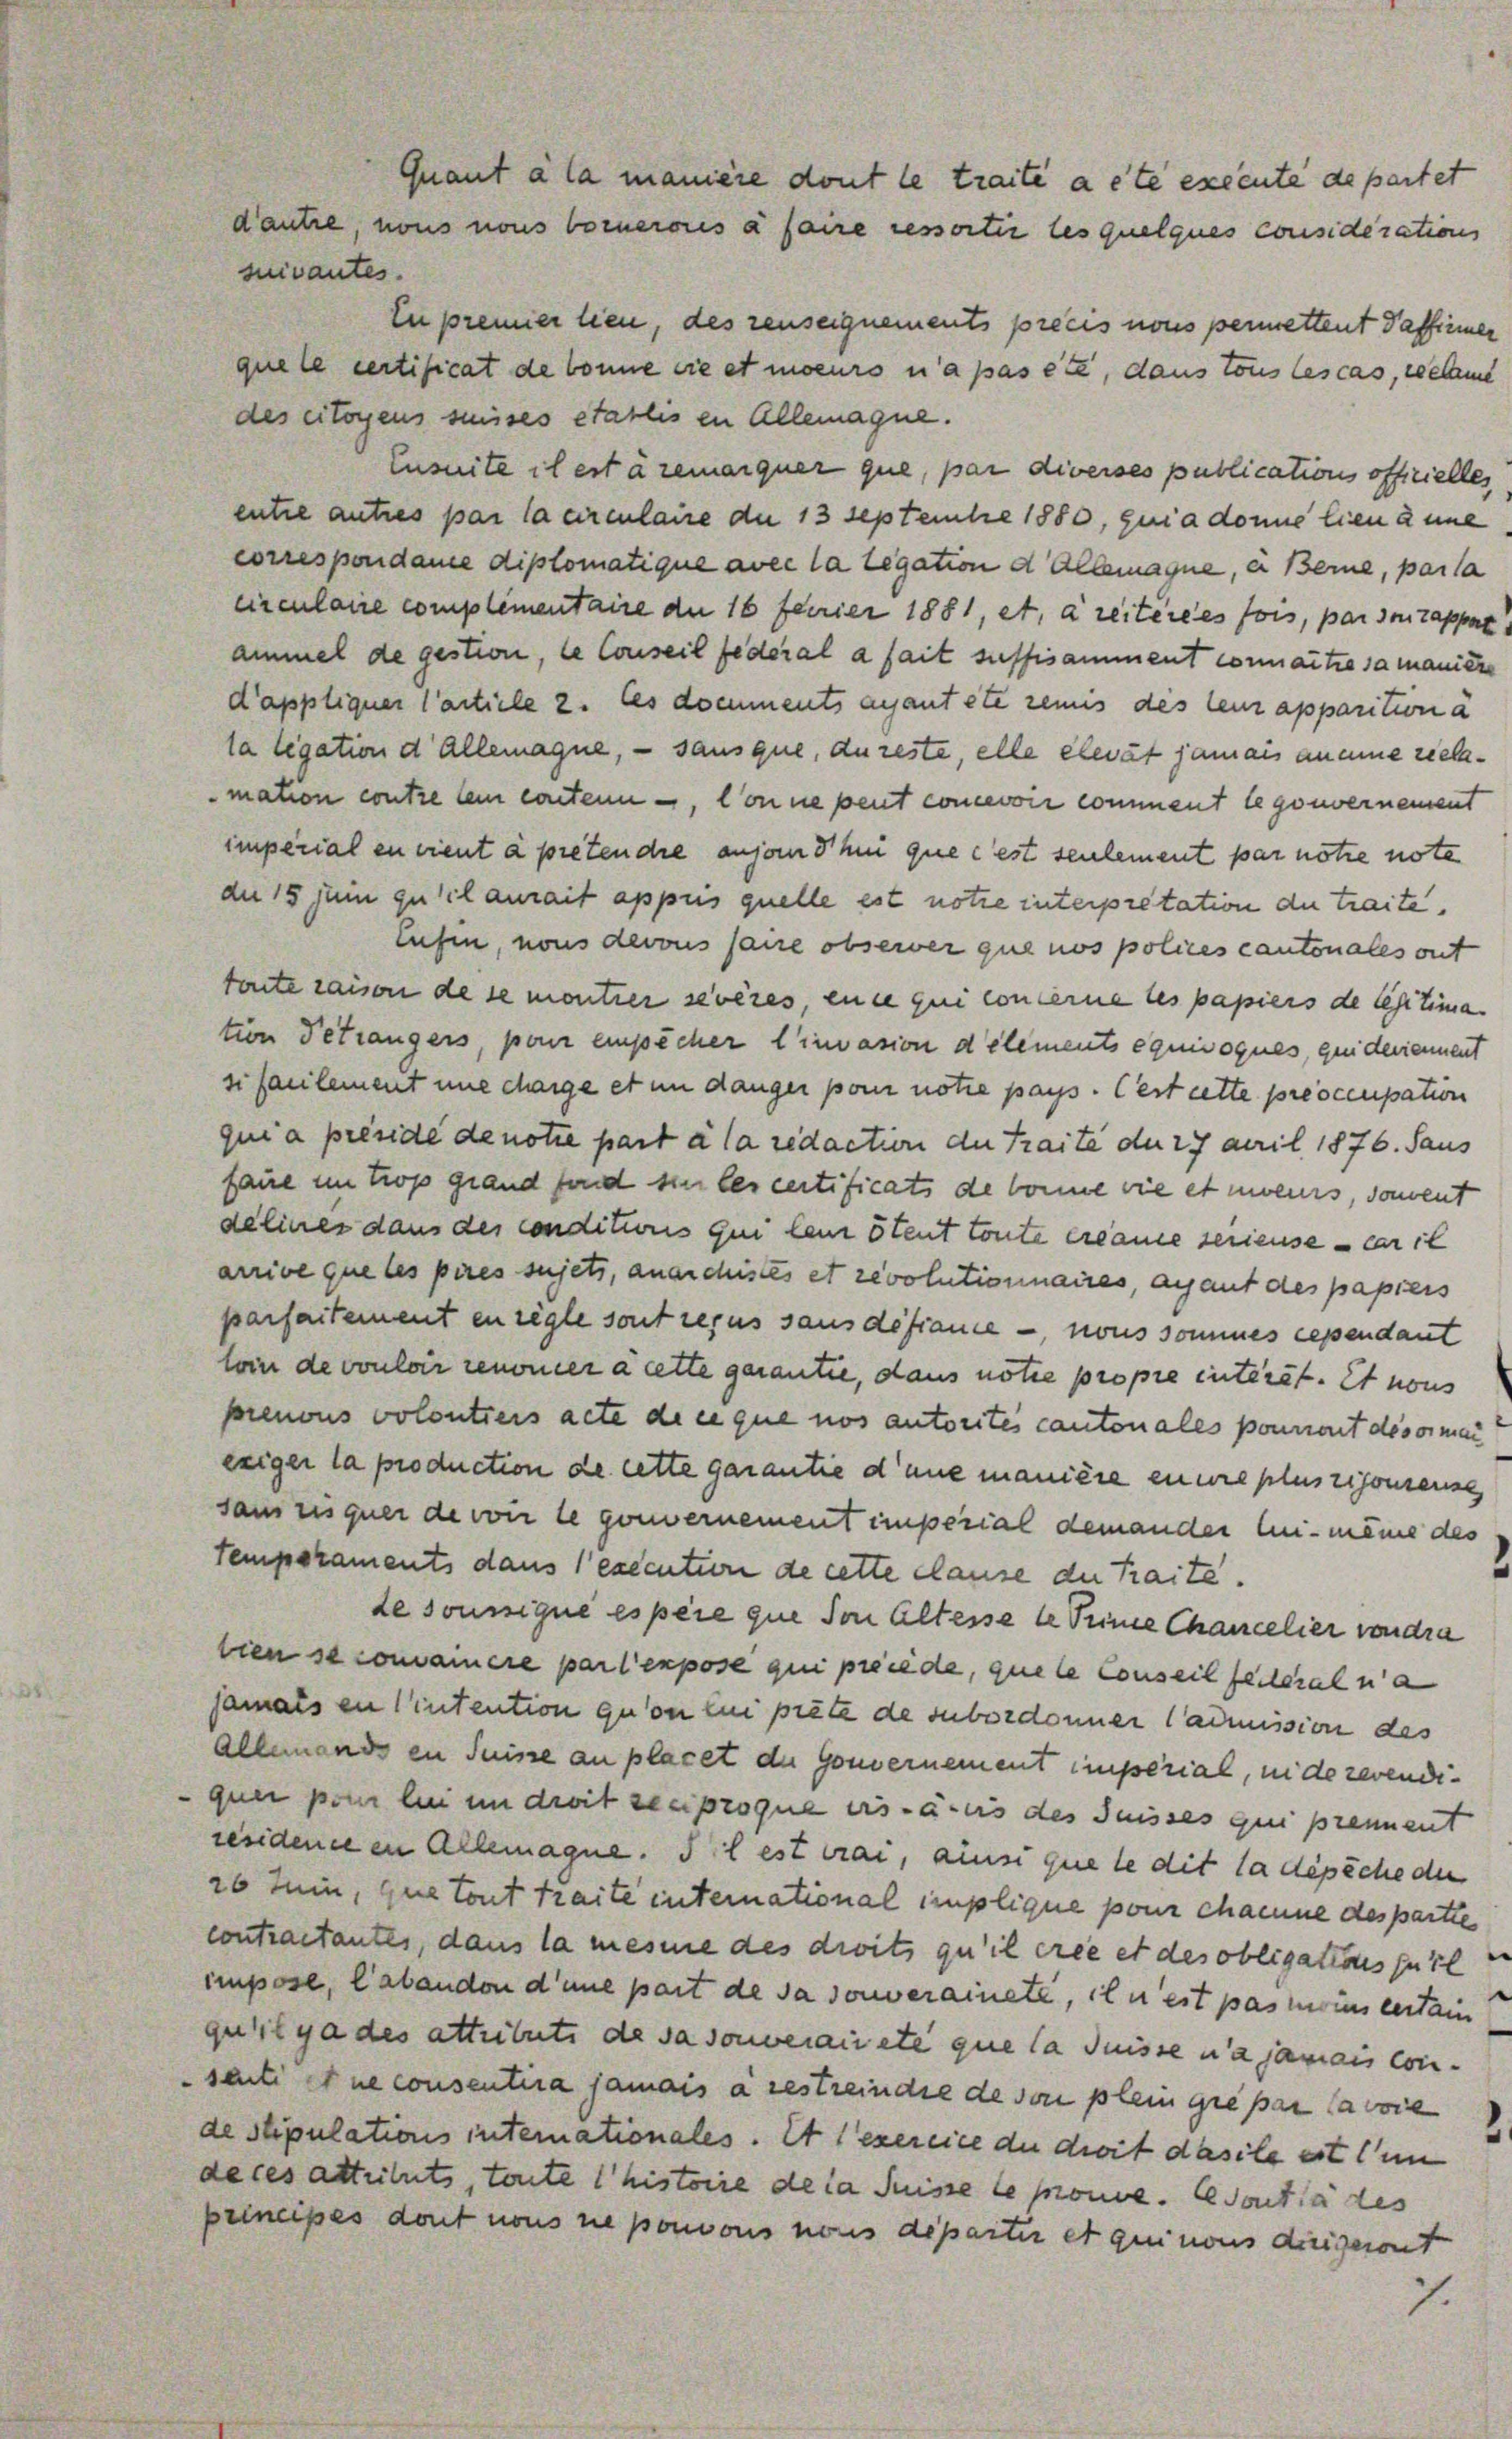
Quant à la manière dont le traite a été excente de partet
d’autre, nous nous borneroes à faire cessortir lesquelques considérations
suivantes.

In premier lien, des renseignements précis nous permettent Paffinner
que le certificat de bonne die et moeurs n’a pas es, dans tous les cas, celamt
des citoyens seises etablis in Allemagne.
Ensuite il est à remarquer que, par diverses publications offizielles
entie autres par la circulaire die 13 Septembre 1880, quia donne lien anne,
correspondame diplomatique avec la legation d Allemagne, ein Berne, parla
circulaire complementaire de 16 ferrier 1881, et. a reiteres fois, par so tappt
ammel de gestion, le Conseil federal a fait suffisamment connaitre sa maniere
d’appliquer Cartiele 2. Ces domments abantete reinis des lem apparition a
ta legation d allemagne, – sans que, du reste, elle elevat jamais an eine reelmation contre lein contenn, von ne peut concevoir comment legouvernement
imperial en cient à preten die anson hei que c’est seulement par notie nota
de 15 jui qu’il aurait appiis quelle est notie interpretation die traite,
tufen, nous derons faire observer que nos polices cantonales ort
tonte raison de se montier sivères, eine qui concerne les papiers de lestima.
tion Feträngers, pour empêcher l’invasion delements equivoques, quideriement
si faulement une charge et in danger pour notie pays. Cest cette preoccupation
quia préside de notie part à la redaction der Traite du 27 April 1876. Saus
faue im trop grand sind sie les certificats de bonne wie et soeurs, somment
delines dans des conditions qui lein Stent toute erlame seinense — er is
arrive que les pires sujets, anarchises et revolutionnaires, anfant des papreis
parfaitement en regte sont reçus sans de france — nous sommes cependant
loin de vouloir renoncer à cette gerantie, dans notie propie interst. Et nous
prenons volontiers acte die que nos autorites cantonales ponnert des or man
exiger la production de cette garantie d’une manière eine pluszijonsense
sans risquer de von le gouvernement imperial demander An- meine des
temperaments dans execution de cette clause du traite.
de soussique es père que von Altesse 4 Seine Chancelier von dra
tien se comainere par l’expose qui precede, que le Conseil feileral na
jamais in intention qu’on lui präte de subordonner Camission des
Allemand in Suisse an placet die Gomernement imperial, inde revendiquer pour bei in droit reciproque vis-à-vis des Suisses qui prennent
resideneren Allemagne. Il est crai, ainsi que le dit la dépiche der
26 Juin, que tout traite international implique pour channe des partie
contractantes, dans la mesie des droits qu’il erie et des obligations furl
impose, l’abandon d’une part de da souverainete, in est pas moins certain
qu’il y a des attributs de sa souveraité que la Suisse na jamais con-
senti et ne consentira jamais a restreindre de von plein gie par la voie
de stipulations intemationales. Et exercice du droit dasile est un
de ces attetuts, toute histoire de la Suisse le prouve. sont la des
principes dont nons ne ponvons vons departir et quinons dreigeront

7.